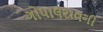
ગોપાલરાવની